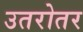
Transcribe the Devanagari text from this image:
उतरोतर